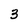
Character: 3